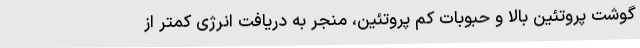
گوشت پروتئین بالا و حبوبات کم پروتئین، منجر به دریافت انرژی کمتر از